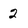
Character: 2